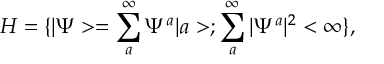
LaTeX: { \cal { H } } = \{ | \Psi > = \sum _ { a } ^ { \infty } \Psi ^ { a } | a > ; \sum _ { a } ^ { \infty } | \Psi ^ { a } | ^ { 2 } < \infty \} ,